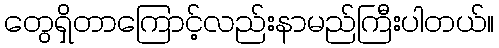
တွေရှိတာကြောင့်လည်းနာမည်ကြီးပါတယ်။